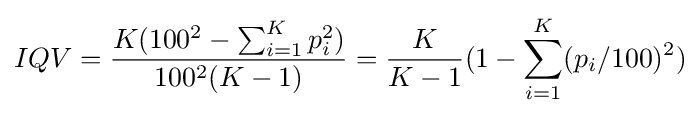
IQV={\frac {K(100^{2}-\sum _{i=1}^{K}p_{i}^{2})}{100^{2}(K-1)}}={\frac {K}{K-1}}(1-\sum _{i=1}^{K}(p_{i}/100)^{2})